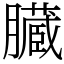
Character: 臓